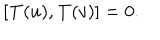
[ { \bf T } ( u ) , { \bf T } ( v ) ] = 0 .